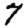
Digit: 7